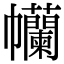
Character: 𢆄